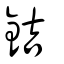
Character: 銡